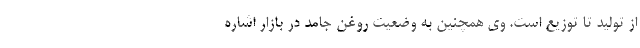
از تولید تا توزیع است. وی همچنین به وضعیت روغن جامد در بازار اشاره